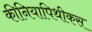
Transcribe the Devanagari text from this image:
कीनियापिथीकस